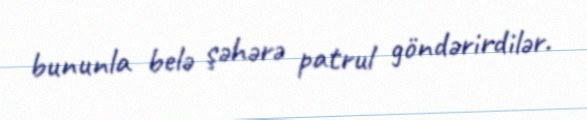
bununla belə şəhərə patrul göndərirdilər.